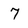
Character: 7